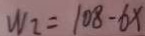
W _ { 2 } = 1 0 8 - 6 x